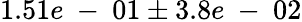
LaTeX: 1.51e\mathrm{~-~}01\pm 3.8e\mathrm{~-~}02